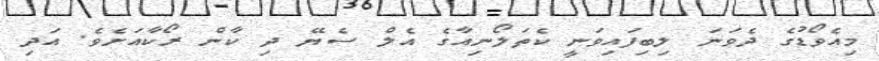
މިއެވޯޑުގެ ދެވަނަ ލިބިފައިވަނީ ކެތަލޯނިއާގެ އެލް ސެޔޭ ދި ކާން ރޯކާއަށެވެ. އަދި